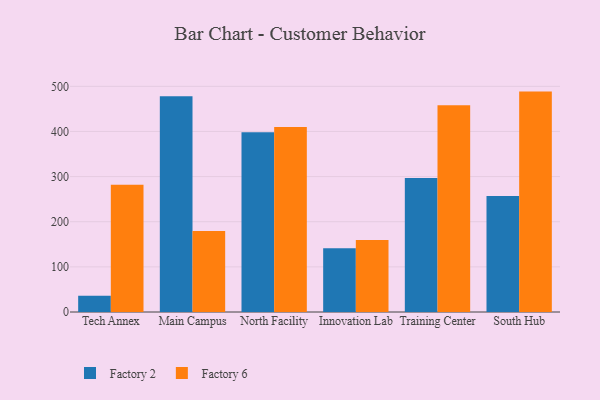
{"axis": {"x": "Campus", "y": "Energy Usage (MWh)"}, "legend": ["Factory 2", "Factory 6"], "data": [{"x": "Tech Annex", "y": 36.1, "type": "Factory 2"}, {"x": "Tech Annex", "y": 282.1, "type": "Factory 6"}, {"x": "Main Campus", "y": 478.0, "type": "Factory 2"}, {"x": "Main Campus", "y": 179.7, "type": "Factory 6"}, {"x": "North Facility", "y": 398.2, "type": "Factory 2"}, {"x": "North Facility", "y": 409.9, "type": "Factory 6"}, {"x": "Innovation Lab", "y": 141.2, "type": "Factory 2"}, {"x": "Innovation Lab", "y": 159.3, "type": "Factory 6"}, {"x": "Training Center", "y": 296.8, "type": "Factory 2"}, {"x": "Training Center", "y": 457.9, "type": "Factory 6"}, {"x": "South Hub", "y": 257.2, "type": "Factory 2"}, {"x": "South Hub", "y": 488.3, "type": "Factory 6"}]}